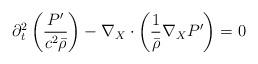
LaTeX: \begin{align*}\partial_t^2 \left( \frac{P'}{c^2 \bar{\rho}} \right) - \nabla_{X} \cdot \left( \frac{1}{\bar{\rho}} \nabla_{X} P' \right)=0\end{align*}